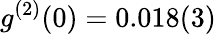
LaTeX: g^{(2)}(0)=0.018(3)